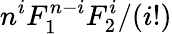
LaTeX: n^{i}F_{1}^{n-i}F_{2}^{i}/(i!)